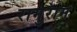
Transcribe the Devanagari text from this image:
रामुराम